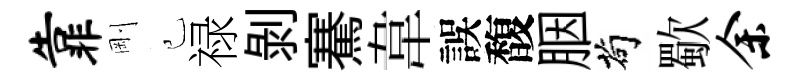
靠剛己禄剝騫韋誤馥胭茍歜余